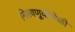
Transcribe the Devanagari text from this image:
मिरवणूकीवेळी